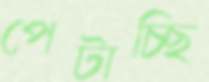
পেটাচ্ছি